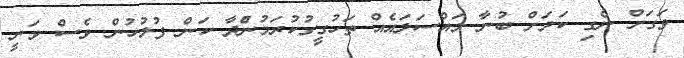
ވަގަށް ނެގި ކަމަށް ބުނާ މައްސަލައެއް ތަހުގީގުކުރަމުންެދާ ކަން ފުލުހުން ވެސް ވަނީ